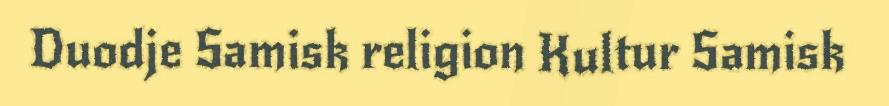
Duodje Samisk religion Kultur Samisk